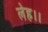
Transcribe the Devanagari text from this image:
लेह।।